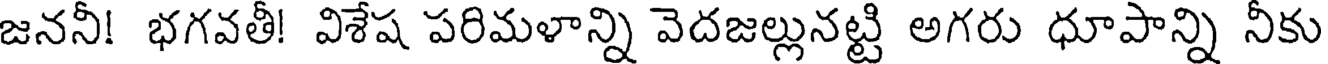
జననీ! భగవతీ! విశేష పరిమళాన్ని వెదజల్లునట్టి అగరు ధూపాన్ని నీకు